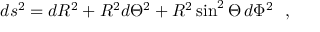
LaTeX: d s ^ { 2 } = d { { \cal R } } ^ { 2 } + { { \cal R } } ^ { 2 } d { \Theta } ^ { 2 } + { { \cal R } } ^ { 2 } \sin ^ { 2 } \Theta \, d \Phi ^ { 2 } \ \ ,